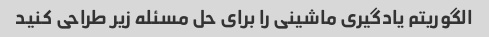
الگوریتم یادگیری ماشینی را برای حل مسئله زیر طراحی کنید